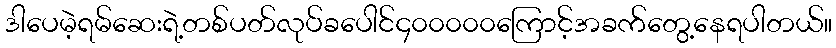
ဒါပေမဲ့ရမ်ဆေးရဲ့တစ်ပတ်လုပ်ခပေါင်၄၀၀၀၀၀ကြောင့်အခက်တွေ့နေရပါတယ်။